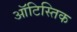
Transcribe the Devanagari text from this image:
ऑटिस्तिक